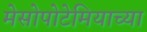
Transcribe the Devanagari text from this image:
मेसोपोटेमियाच्या